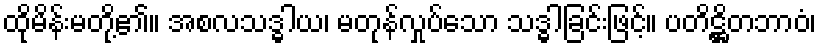
ထိုမိန်းမတို့၏။ အစလသဒ္ဓါယ၊ မတုန်လှုပ်သော သဒ္ဓါခြင်းဖြင့်။ ပတိဋ္ဌိတဘာဝံ၊